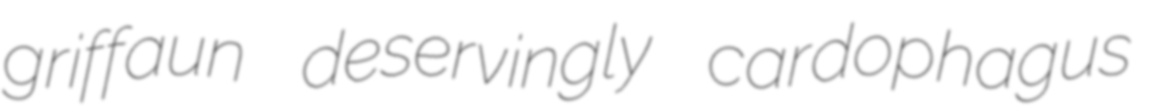
griffaun deservingly cardophagus